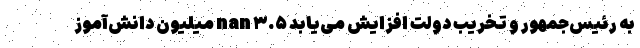
به رئیس‌جمهور و تخریب دولت افزایش می‌یابد nan ۳.۵ میلیون دانش‌آموز